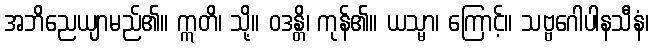
အဘိညေယျာမည်၏။ ဣတိ၊ သို့။ ဝဒန္တိ၊ ကုန်၏။ ယသ္မာ၊ ကြောင့်။ သဗ္ဗဂေါပါနသီနံ၊